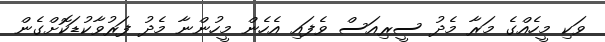
ވަކި މީހެއްގެ މަރާ މެދު ސީރިއަސް ވެފައި އެހެން މީހުންނާ މެދު ފަރުވާކުޑަކޮށްގެން